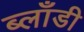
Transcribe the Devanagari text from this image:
ब्लाँडी